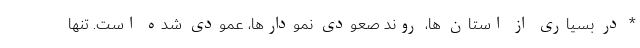
* در بسیاری از استان ها، روند صعودی نمودارها، عمودی شده است. تنها